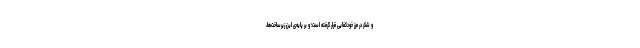
و شکر در مرز خودکفایی قرار گرفته است؛ و بر پایه‌ی این زیرساخت‌ها،